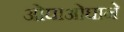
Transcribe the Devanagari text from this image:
ओघाओघाने